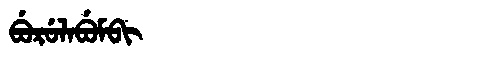
Manchu: ᠪᡠᡵᡠᠯᠠᠪᡠᠮᠪᡳ
Romanization: BURULABUMBI